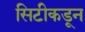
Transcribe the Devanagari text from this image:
सिटीकडून